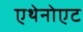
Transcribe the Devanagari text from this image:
एथेनोएट